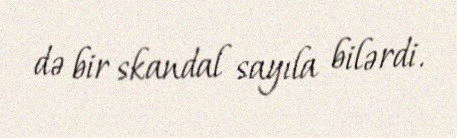
də bir skandal sayıla bilərdi.